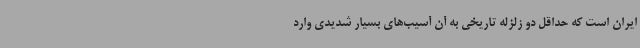
ایران است که حداقل دو زلزله تاریخی به آن آسیب‌های بسیار شدیدی وارد